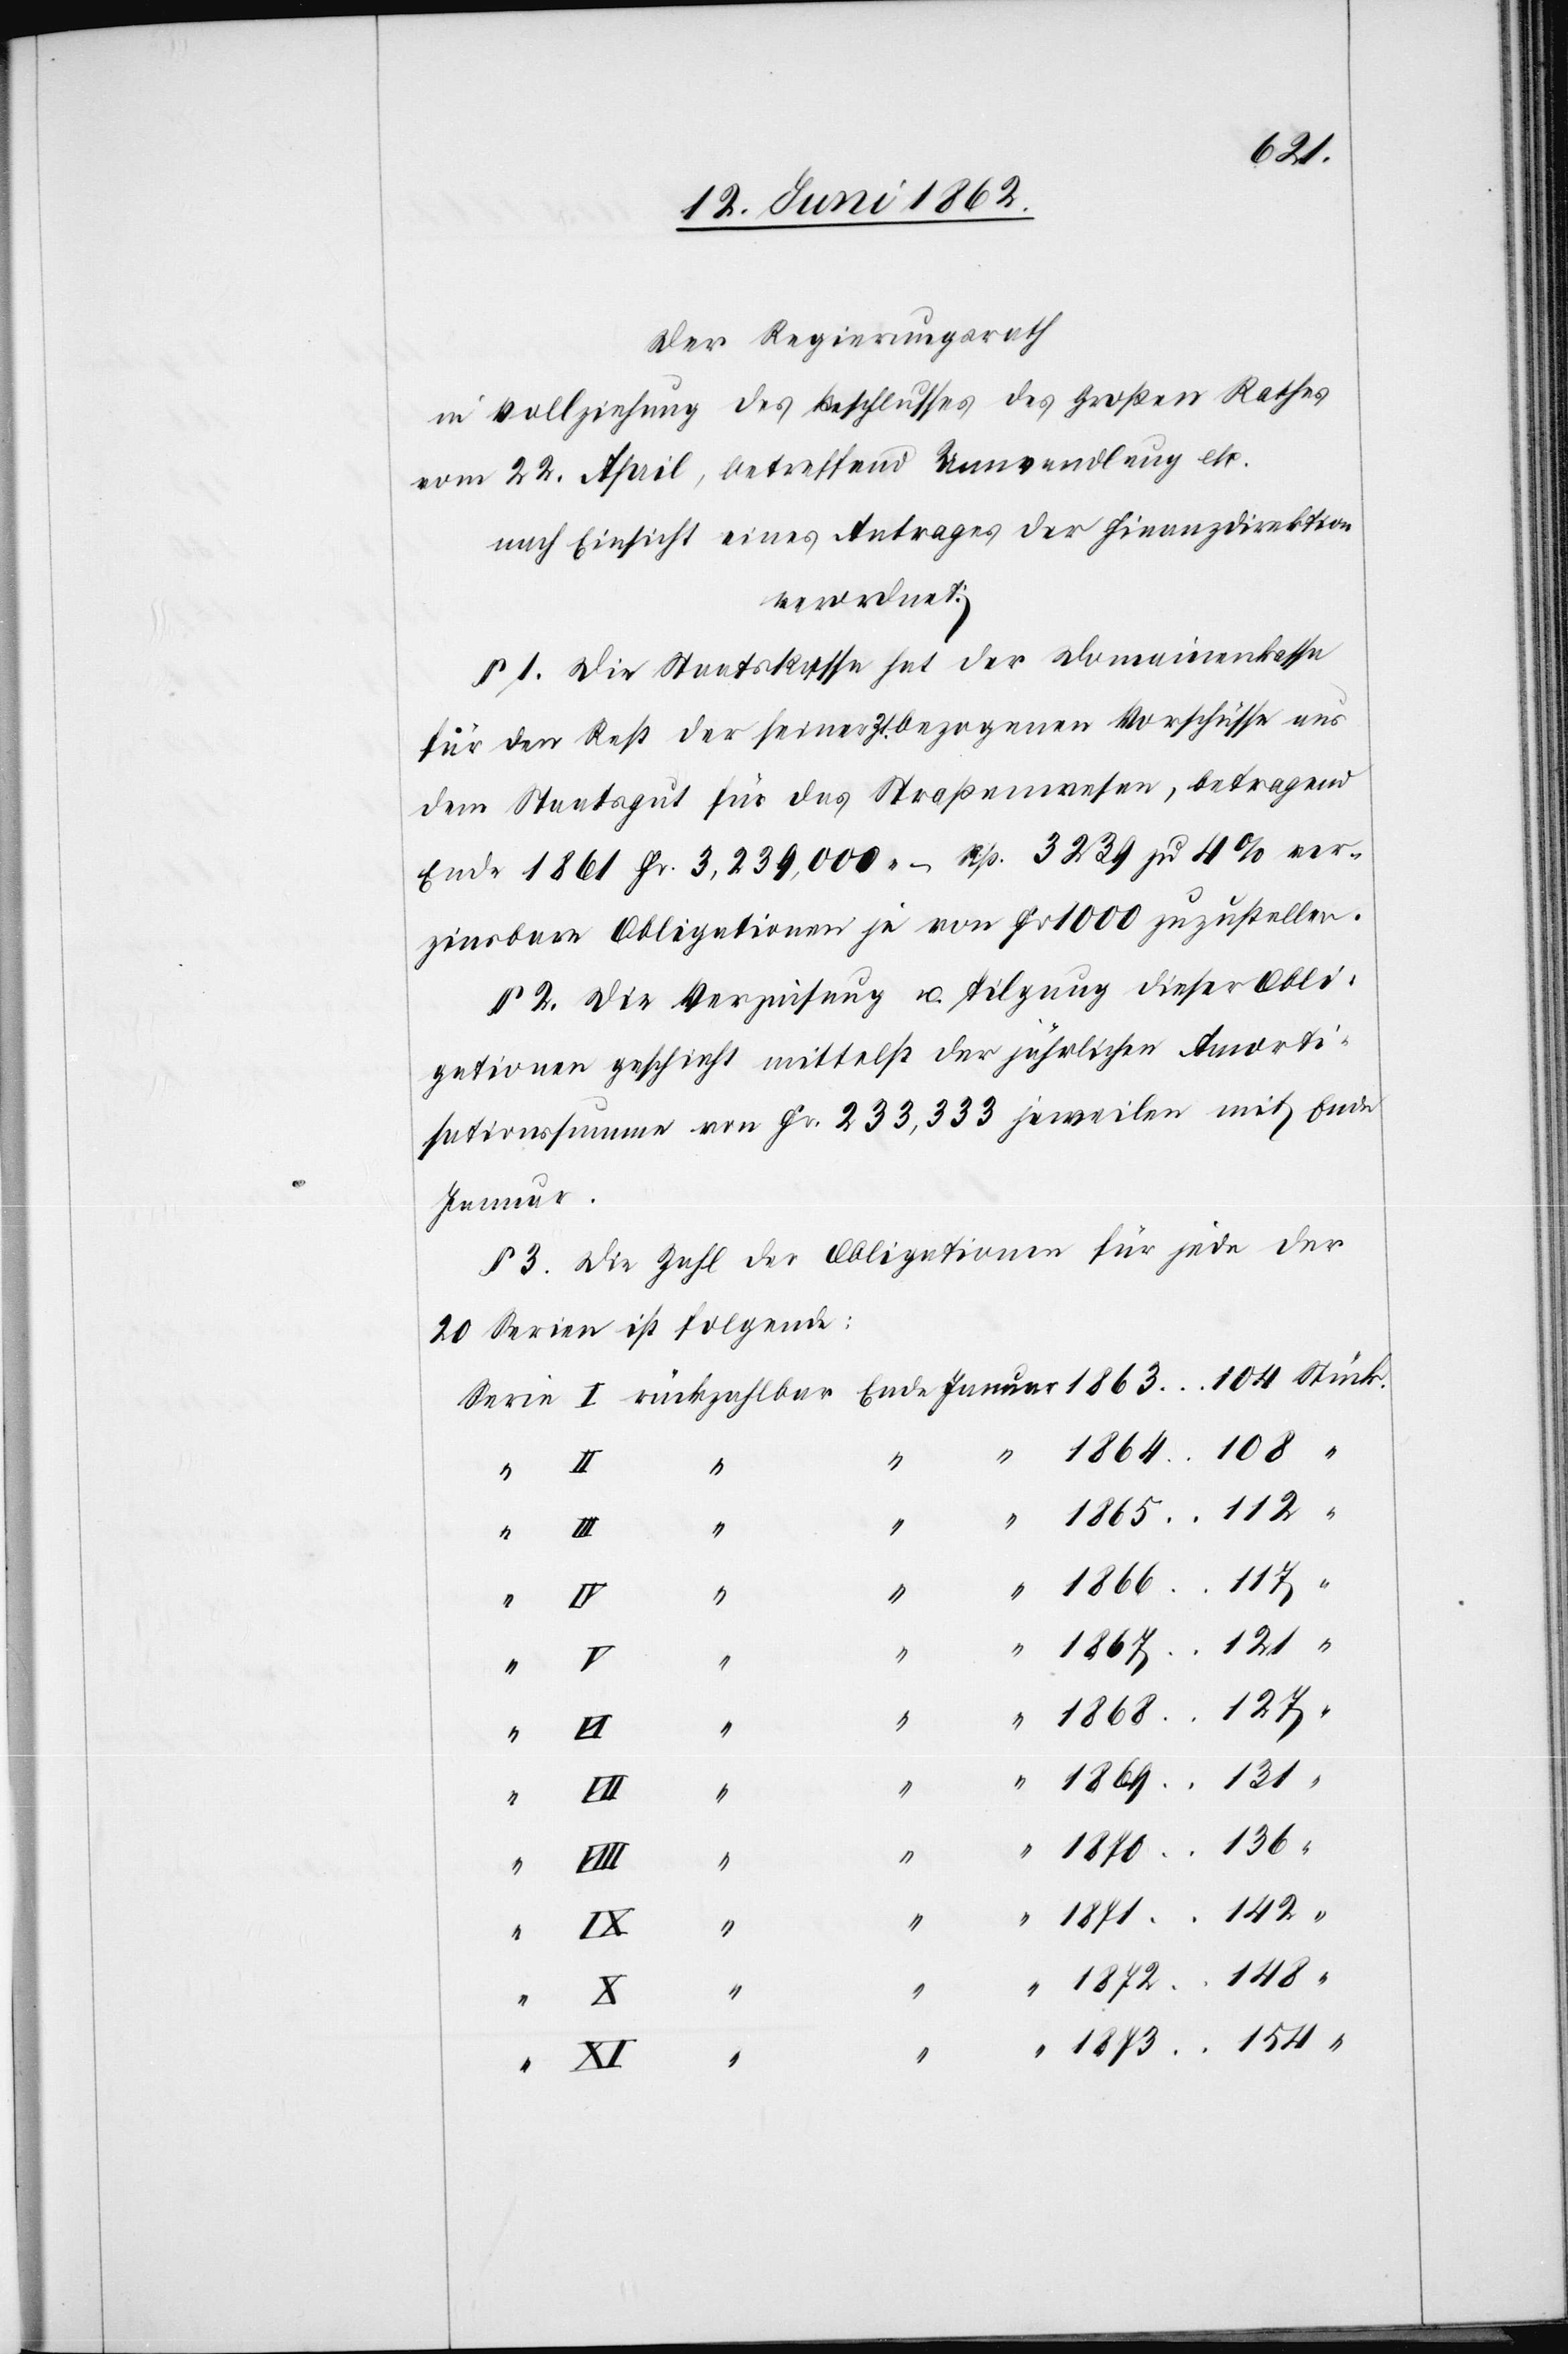
154
Der Regierungsrath
in Vollziehung des Beschlusses des Großen Rathes
vom 22. April, betreffend Umwandlung etc.
nach Einsicht eines Antrages der Finanzdirektion
verordnet:
§ 1 Die Staatskasse hat der Domainenkasse
für den Rest der seiner Zt. bezogenen Vorschüsse aus
dem Staatsgut für das Straßenwesen, betragend
Ende 1861 Fr. 3,239,000 – Rp. 3239 zu 4% ver¬
zinsbare Obligationen je von Fr. 1000 zuzustellen.
§ 2 Die Verzinsung u. Tilgung dieser Obli¬
gationen geschieht mittelst der jährlichen Amorti¬
sationssumme von Fr. 233,333 jeweilen mit Ende
Januar
§ 3. Die Zahl der Obligationen für jede der
20 Serien ist folgende:
“
148